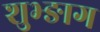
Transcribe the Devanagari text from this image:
शुभ्ङाग